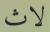
لاث